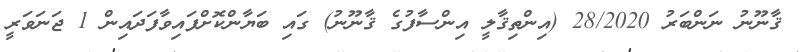
ޤާނޫނު ނަންބަރު 28/2020 (އިންތިޤާލީ އިންސާފުގެ ޤާނޫނު) ގައި ބަޔާންކޮށްފައިވާފަދައިން 1 ޖަނަވަރީ